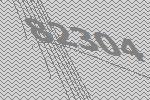
82304